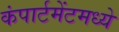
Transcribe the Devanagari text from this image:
कंपार्टमेंटमध्ये